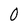
Character: 0